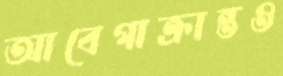
আবেগাক্রান্তও